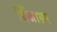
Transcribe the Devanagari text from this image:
बिँजासर